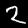
Label: 2